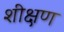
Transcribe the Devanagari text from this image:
शीक्षण